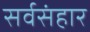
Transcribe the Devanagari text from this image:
सर्वसंहार